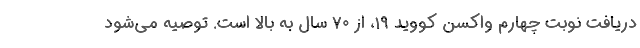
دریافت نوبت چهارم واکسن کووید ۱۹، از ۷۰ سال به بالا است. توصیه می‌شود